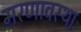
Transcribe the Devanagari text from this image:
मरणावस्था